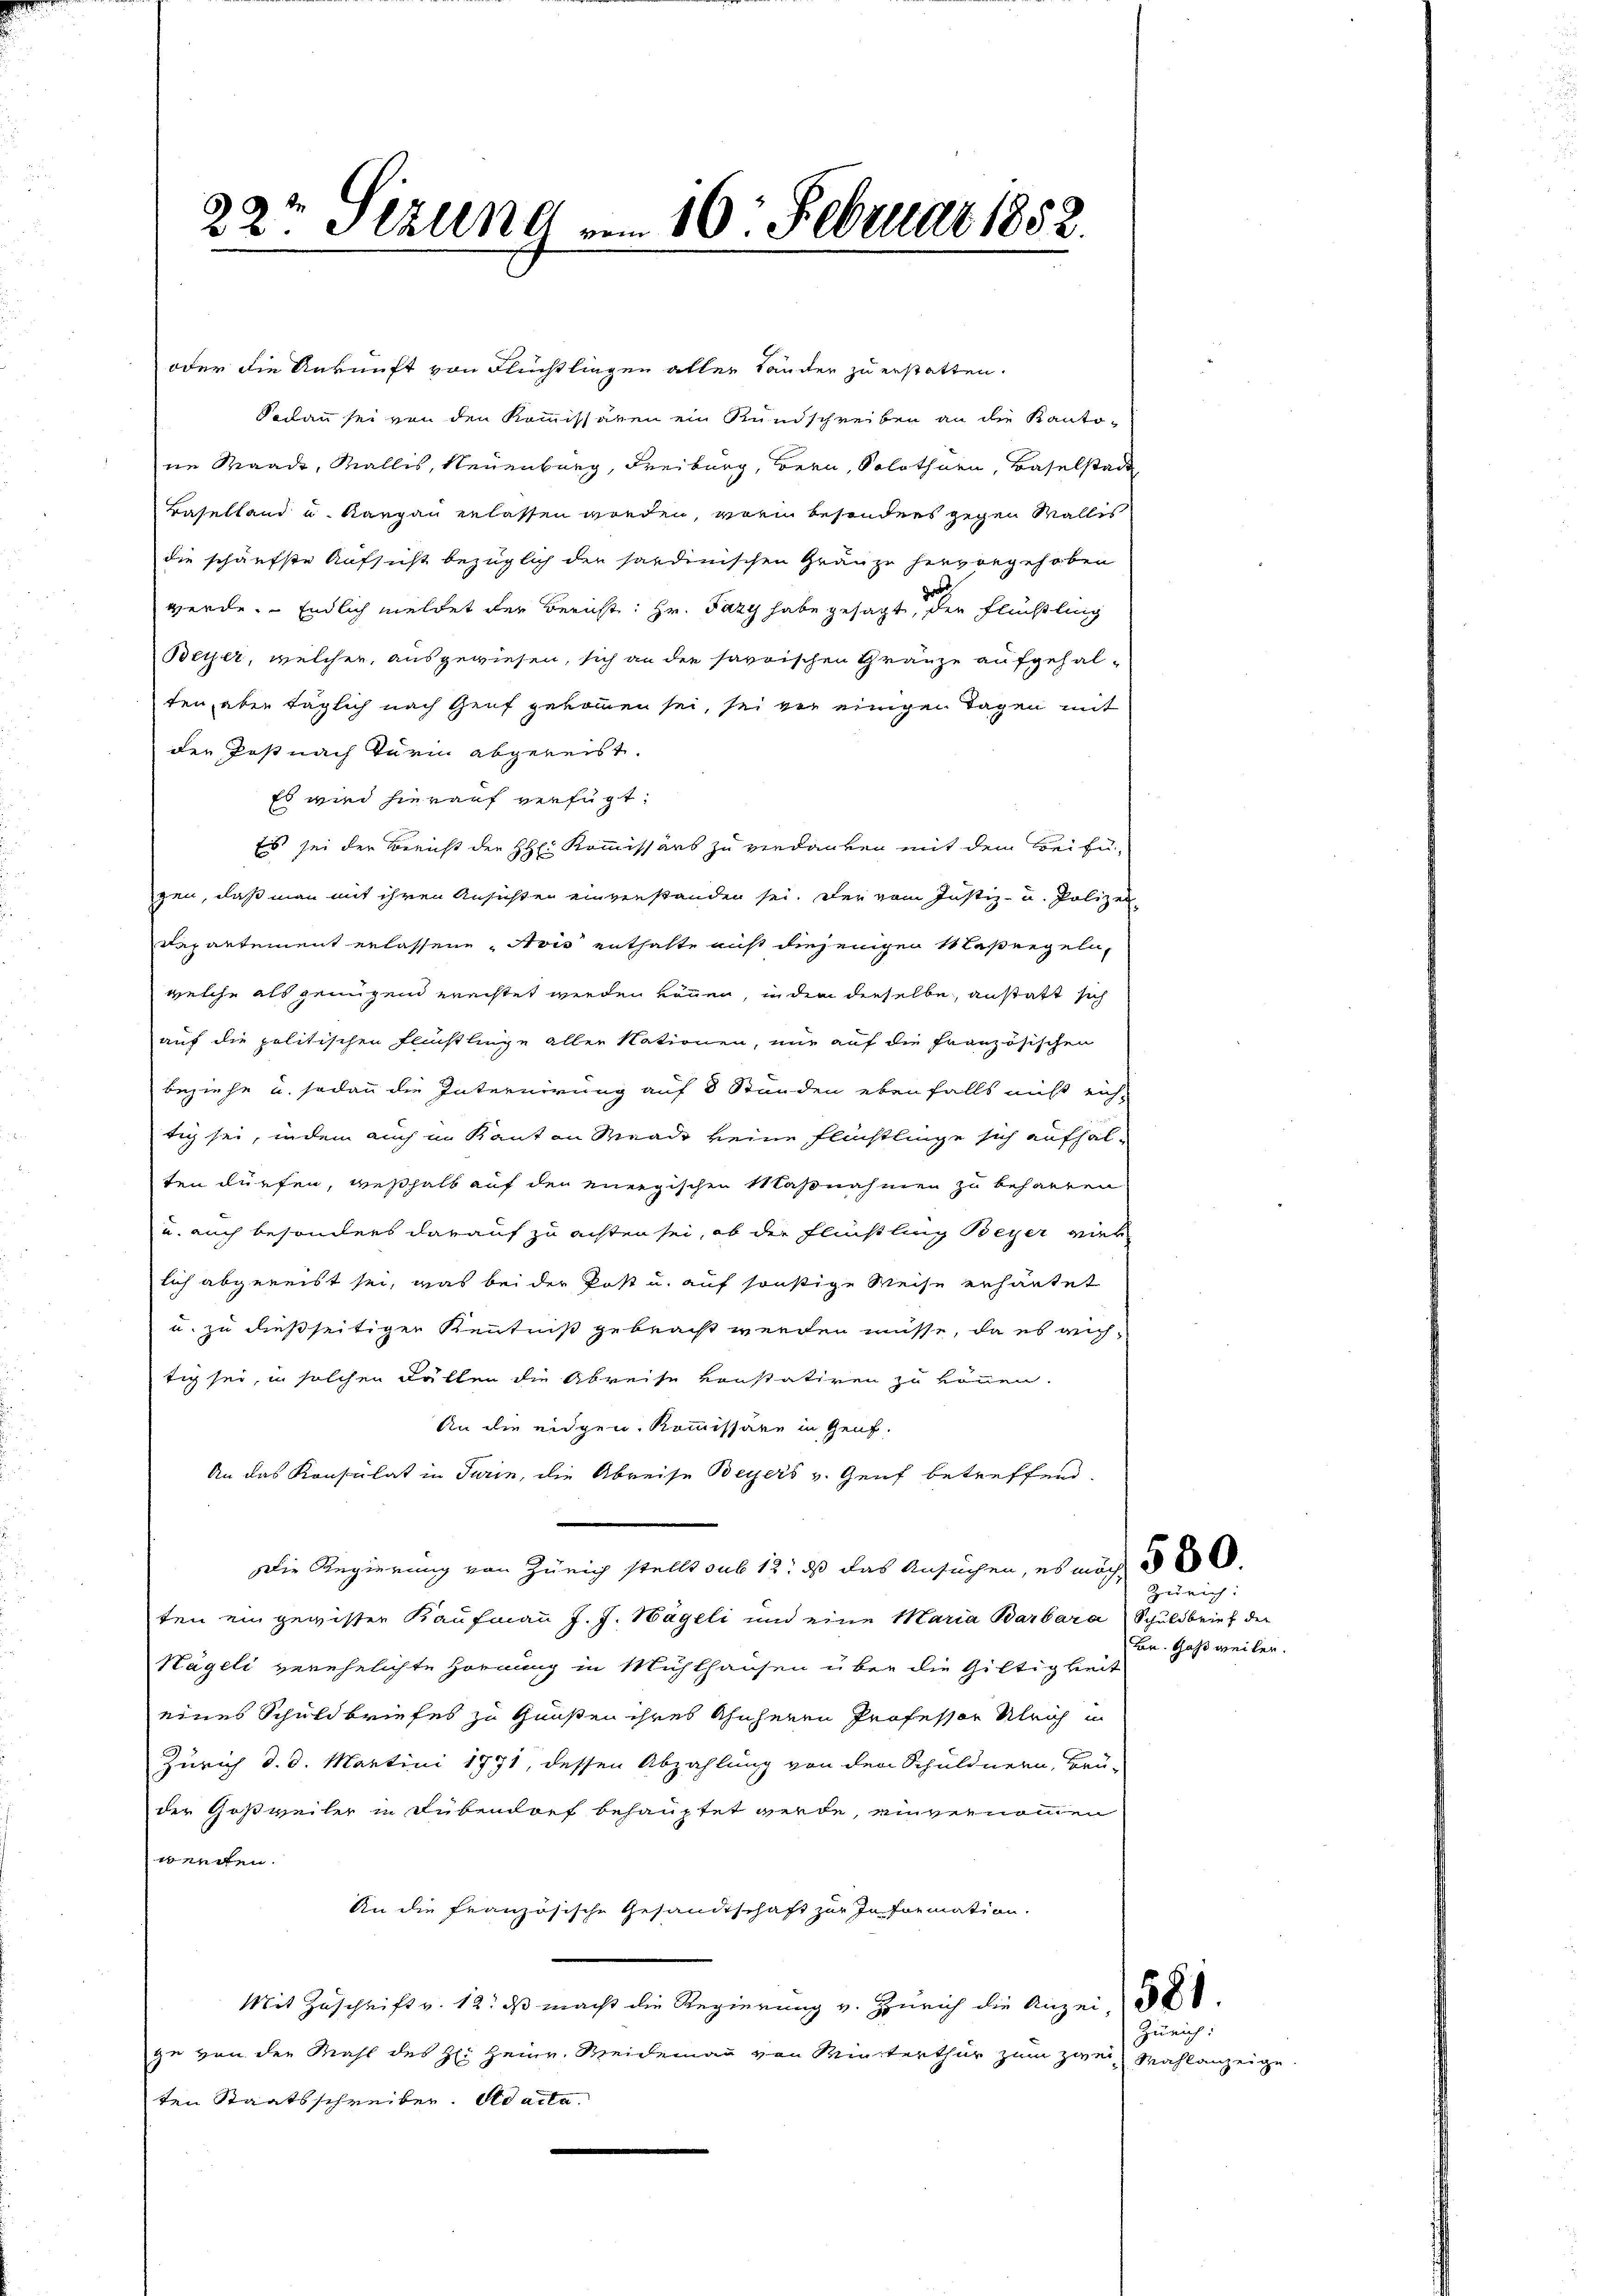
22t Sizung v. 16. Februar 1852.

oder die Ankunft von Flüchtliegen aller Länder zu erstatten.
Sodann sei von den Kommissären ein Rundschreiben an die Kantone Waadt, Wallis, Neuenburg, Freiburg, Bern, Solothurn, Baselstadt
Baselland u. Kargau erlassen worden, worin besonders gegen Wallis
die schärfste Aufsicht bezüglich der sardinischen Gränze hervorgehoben
werde. Endlich meldet der Bericht: Hr. Fazy habe gesagt, der Flüchtling
Beyer, welcher, ausgewiesen, sich an die savoischen Gränze aufgehalten, aber täglich nach Genf gekommen sei, sei von einigen Tagen mit
der Post nach Turin abgereist.
Es wird hierauf verfügt:
Es sei der Bericht der HH: Kommissärs zu verdanken mit dem Beifü-
gen, daß man mit ihren Ansichten einverstanden sei. Der vom Justiz- u. Polizei-
Departement erlassene Avis enthalte nicht diejenigen Maßregelnwelche als genügend erachtet werden können, in dem dieselbe anstatt sich
auf die politischen Flüchtlinge aller Nationen, nur auf die französischen
beziehe u. sodann die Internirung auf 8 Stunden ebenfalls nicht eich-
tig sei, indem auch in Kanton Wrade keine Flüchtlinge sich aufhal-
ten dürfen, weßhalb auf den energischen Maßnahmen zu beharren
u. auch besonders darauf zu achten sei, ob der Flühling Beyer vier
lich abgereist sei, was bei der Post u. auf sonstige Weise erhäutet
u. zu dießseitigen Kenntniß gebracht werden müsse, da es auch
tig sei, in solchen Fällen die Abreise konstatiren zu können.
An die eidgen. Kommissäre in Genf.
An das Konsulat in Turin, die Abreise Beyers v. Genf betreffend.
Die Regierung von Zürich stellt sub 12: ds das Ansuchen, es mög
ten ein gewisser Kaufmann J. J. Nägeli und eine Maria Barbara Schuldbrief der
Nägeli verehelichte Hornung in Mühlhausen über die Gültigkeit
eines Schuldbriefes zu Gunsten ihres Ahnherrn Professor Ulrich in
Zürich d. d. Martini 1871, dessen Abzahlung von den Schuldnern, Brü-
der Goßweiler in Dübendorf behauptet werde, einvernommen
wenden.
An die französische Gesandtschaft zur Information.
Mit Zuschrift v. 12. ds macht die Regierung v. Zürich die Anzei- 2
ge von der Mahl des H: Heinr. Weidemann von Winterthur zum zwei Wahlanzeige
ten Staatsschreiben. Ad acta

Bar. Gas weiler.

Zürich:

Zürich: